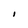
Character: I